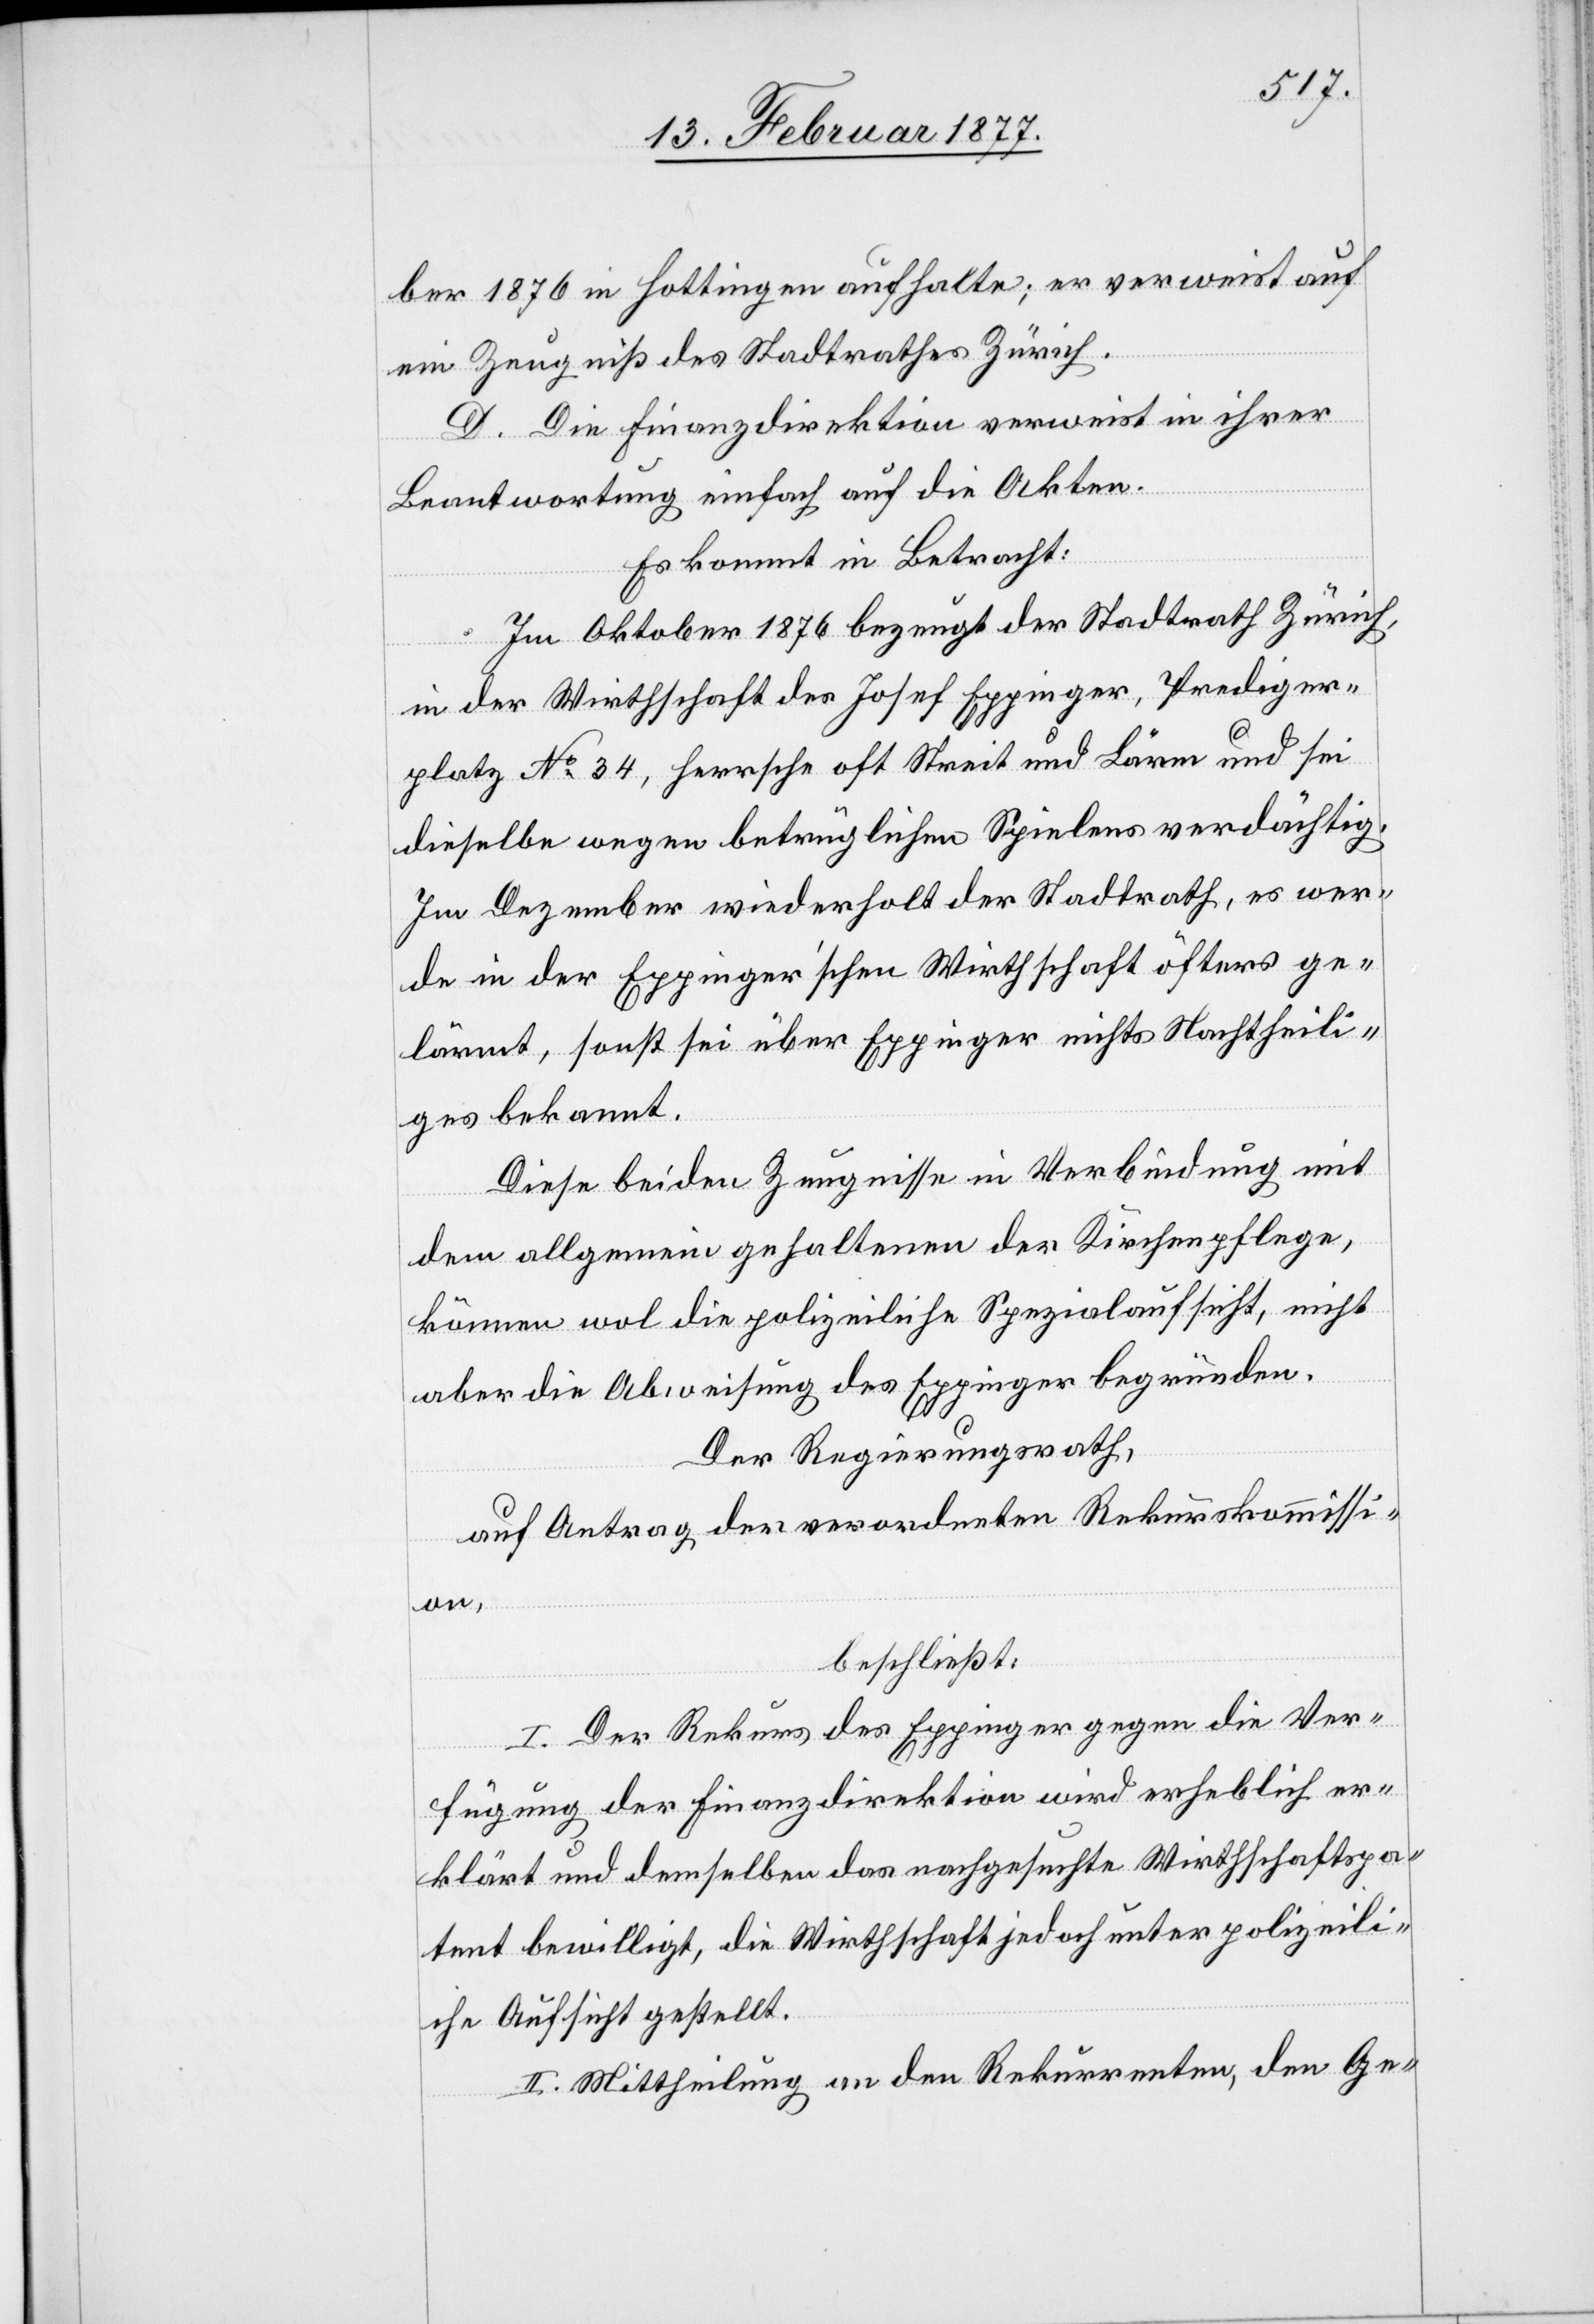
ber 1876 in Hottingen aufhalte; er verweist auf
ein Zeugniß des Stadtrathes Zürich.
D. Die Finanzdirektion verweist in ihrer
Beantwortung einfach auf die Akten.
Es kommt in Betracht:
Im Oktober 1876 bezeugt der Stadtrath Zürich,
in der Wirthschaft des Josef Eppinger, Prediger¬
platz No 34, herrsche oft Streit und Lärm und sei
dieselbe wegen betrüglichen Spielens verdächtig.
Im Dezember wiederholt der Stadtrath, es wer¬
de in der Eppinger’schen Wirthschaft öfters ge¬
lärmt, sonst sei über Eppinger nichts Nachtheili¬
ges bekannt.
Diese beiden Zeugnisse in Verbindung mit
dem allgemein gehaltenen der Kirchenpflege,
können wol die polizeiliche Spezialaufsicht, nicht
aber die Abweisung des Eppinger begründen.
Der Regierungsrath,
auf Antrag der verordneten Rekurskommissi¬
on,
beschließt:
I. Der Rekurs des Eppinger gegen die Ver¬
fügung der Finanzdirektion wird erheblich er¬
klärt und demselben das nachgesuchte Wirthschaftspa¬
tent bewilligt, die Wirthschaft jedoch unter polizeili¬
che Aufsicht gestellt.
II. Mittheilung an den Rekurrenten, den Ge-